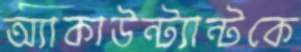
অ্যাকাউন্ট্যান্টকে